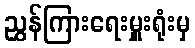
ညွှန်ကြားရေးမှူးရုံးမှ